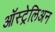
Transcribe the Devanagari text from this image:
ऑस्ट्रेलिअन